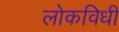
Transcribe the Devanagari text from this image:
लोकविधी